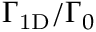
\Gamma _ { \mathrm { 1 D } } / \Gamma _ { 0 }